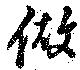
做